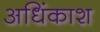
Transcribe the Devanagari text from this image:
अधिंकाश